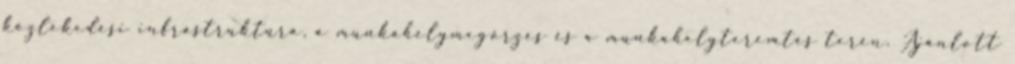
közlekedési infrastruktúra, a munkahelymegőrzés és a munkahelyteremtés terén. Ajánlott